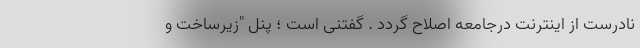
نادرست از اینترنت درجامعه اصلاح گردد . گفتنی است ؛ پنل "زیرساخت و